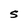
Character: S